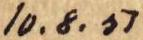
10.8.51